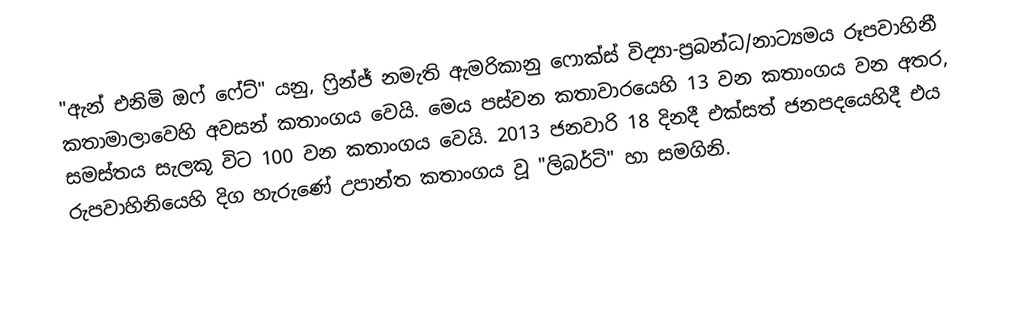
"ඇන් එනිමි ඔෆ් ෆේට්" යනු,  ෆ්‍රින්ජ් නමැති ඇමරිකානු  ෆොක්ස් විද්‍යා-ප්‍රබන්ධ/නාට්‍යමය රූපවාහිනී කතාමාලාවෙහි අවසන් කතාංගය වෙයි. මෙය පස්වන කතාවාරයෙහි 13 වන කතාංගය වන අතර, සමස්තය සැලකූ විට 100 වන කතාංගය වෙයි. 2013 ජනවාරි 18 දිනදී එක්සත් ජනපදයෙහිදී එය රුපවාහිනියෙහි දිග හැරුණේ උපාන්ත කතාංගය වූ  "ලිබර්ටි" හා සමගිනි.